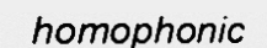
homophonic